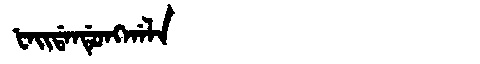
Manchu: ᡶᠠᡳᡩᠠᠨᡩᡠᠩᡤᠠᠯᠠ
Romanization: FAIDANDUNGGALA